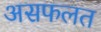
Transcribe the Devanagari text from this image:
असफलत